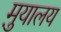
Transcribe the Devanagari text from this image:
मु़यालय